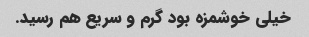
خیلی خوشمزه بود گرم و سریع هم رسید.